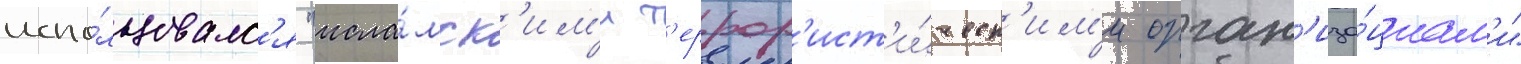
испо́льзовалс'я "исла́мск'им'и т'еррор'ист'и́ческ'им'и орган'иза́циам'и"